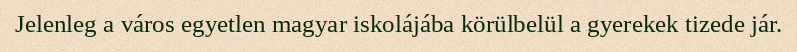
Jelenleg a város egyetlen magyar iskolájába körülbelül a gyerekek tizede jár.